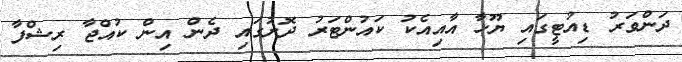
ދަންވަރު ޑިއުޓީގައި ޔޫހާ އާއިއެކު ކައުންޓަރު ދޮށުގައި ދެން އިން ކުއްޖާ ރިޝްފާ